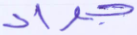
جراد